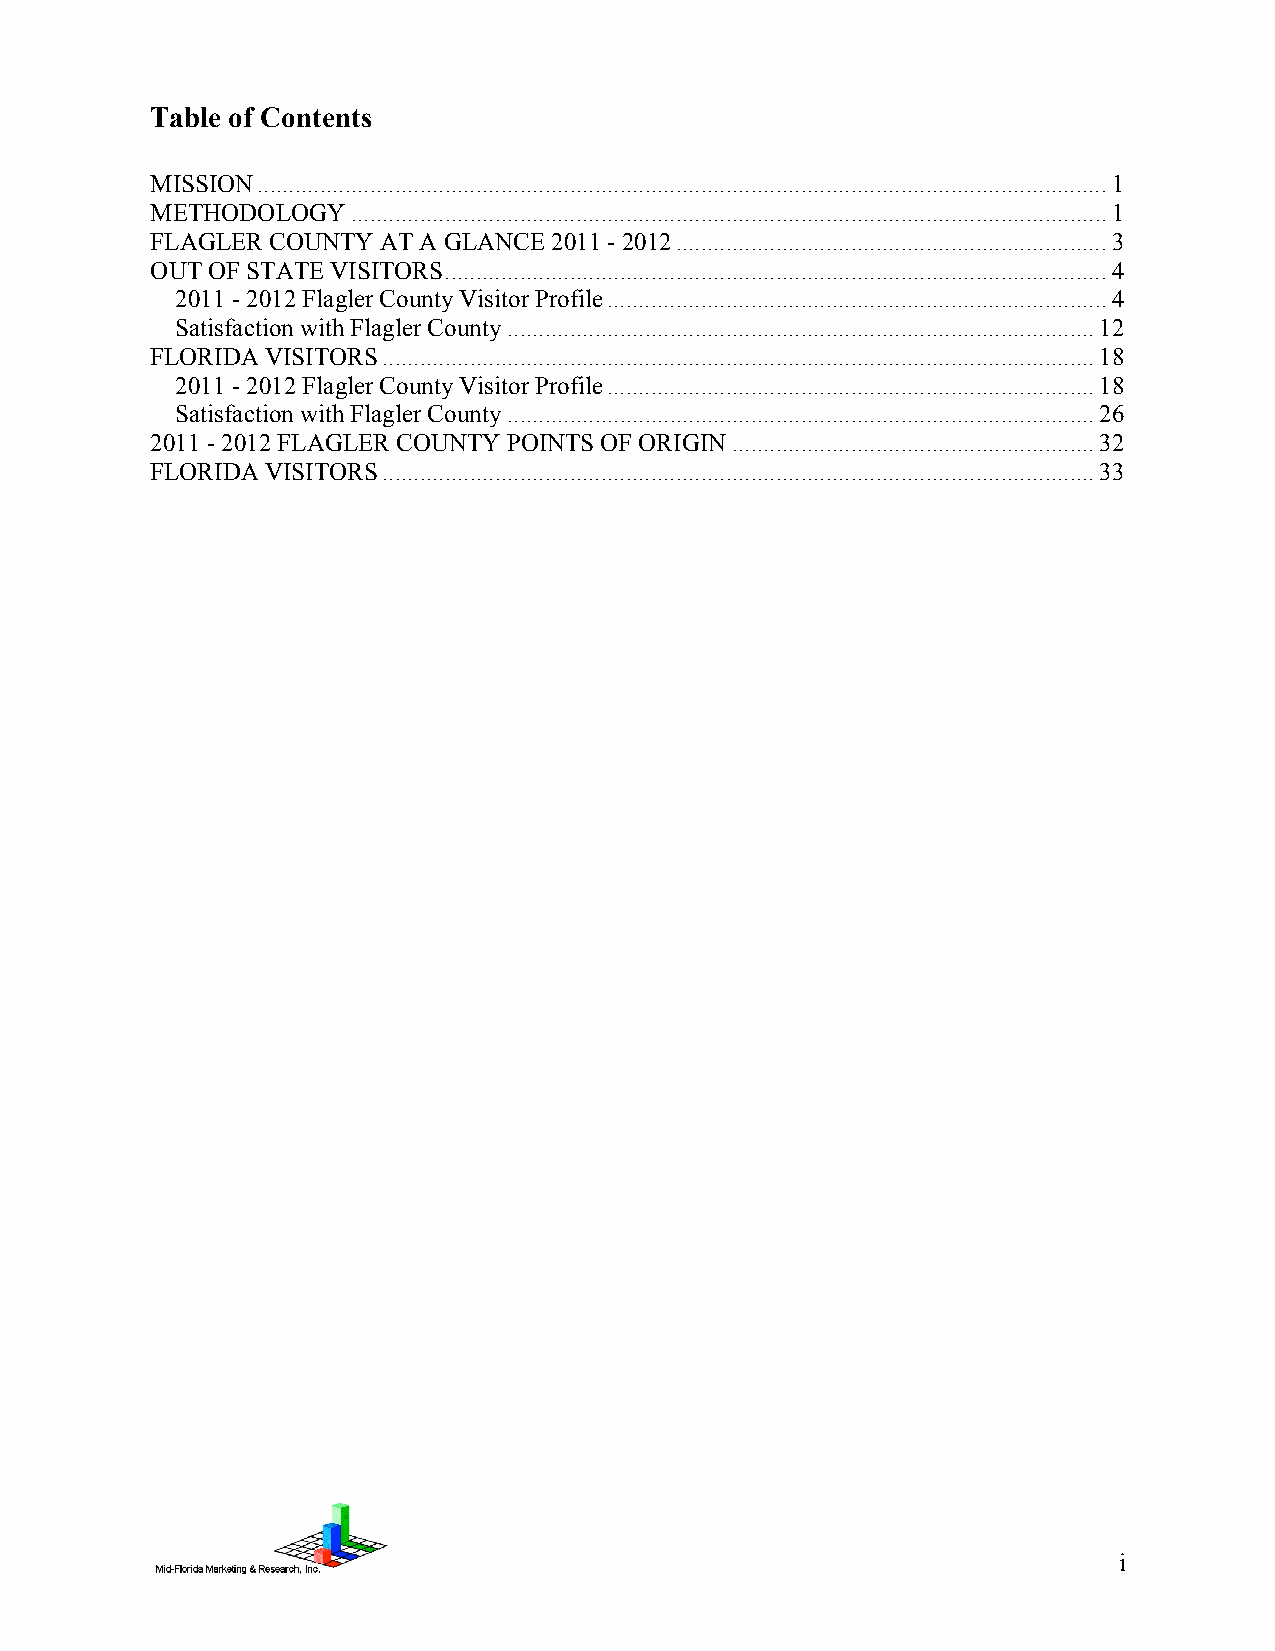
Table of Contents
 MISSION........................................................................................................................................1
 METHODOLOGY.........................................................................................................................1
 FLAGLER COUNTY AT A GLANCE 2011 - 2012.....................................................................3
 OUT OF STATE VISITORS..........................................................................................................4
 2011 - 2012 Flagler County Visitor Profile................................................................................4
 Satisfaction with Flagler County..............................................................................................12
 FLORIDA VISITORS..................................................................................................................18
 2011 - 2012 Flagler County Visitor Profile..............................................................................18
 Satisfaction with Flagler County..............................................................................................26
 2011 - 2012 FLAGLER COUNTY POINTS OF ORIGIN..........................................................32
 FLORIDA VISITORS..................................................................................................................33
 i